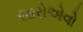
સારોએવો